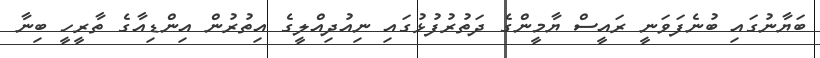
ބަޔާނުގައި ބުނެފަވަނީ ރައީސް ޔާމީންގެ ދަތުރުފުޅުގައި ނިއުދިއްލީގެ އިތުރުން އިންޑިއާގެ ތާރީހީ ބިނާ